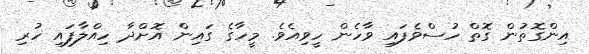
އިންގޮތުން ގޮތް ހުސްވެފައި ވާހެން ހީވިއެވެ. މީހާގެ ގައިން އޮށްދާ ހިއްލާފައި ހުރި